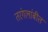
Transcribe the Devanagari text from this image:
तरंगलांबीत